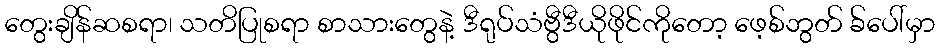
တွေးချိန်ဆစရာ၊ သတိပြုစရာ စာသားတွေနဲ့ ဒီရုပ်သံဗွီဒီယိုဖိုင်ကိုတော့ ဖေ့စ်ဘွတ် ခ်ပေါ်မှာ